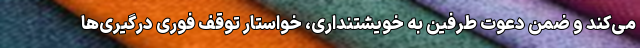
می‌کند و ضمن دعوت طرفین به خویشتنداری، خواستار توقف فوری درگیری‌ها